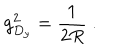
g _ { D _ { y } } ^ { 2 } = \frac { 1 } { 2 R } \ .